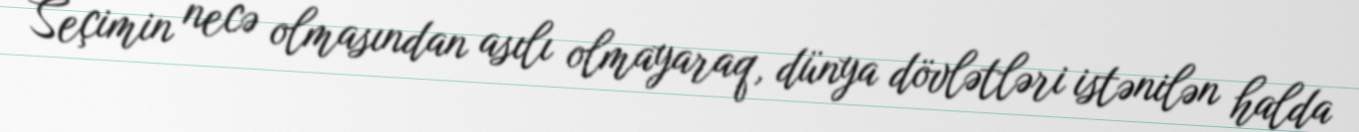
Seçimin necə olmasından asılı olmayaraq, dünya dövlətləri istənilən halda